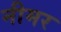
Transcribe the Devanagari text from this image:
नीमर